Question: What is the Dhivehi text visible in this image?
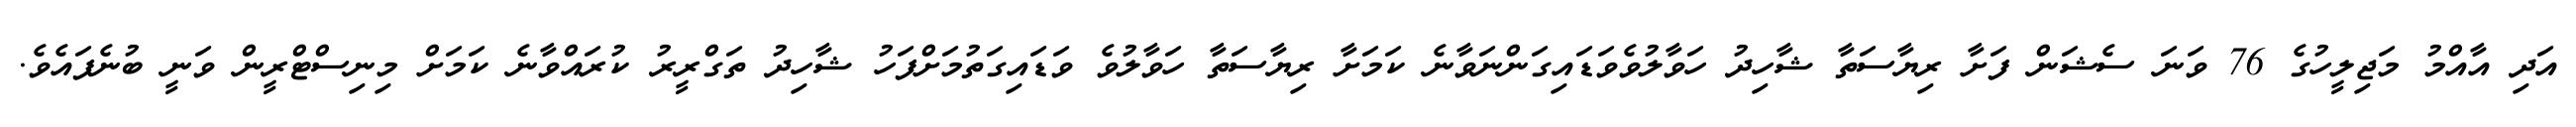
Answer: އަދި އާއްމު މަޖިލީހުގެ 76 ވަނަ ސެޝަން ފަށާ ރިޔާސަތާ ޝާހިދު ހަވާލުވެވަޑައިގަންނަވާނެ ކަމަށާ ރިޔާސަތާ ހަވާލުވެ ވަޑައިގަތުމަށްފަހު ޝާހިދު ތަގްރީރު ކުރައްވާނެ ކަމަށް މިނިސްޓްރީން ވަނީ ބުނެފައެވެ.